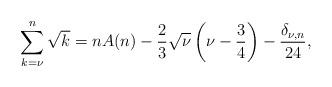
LaTeX: \begin{align*}\sum_{k=\nu}^{n}\sqrt{k}=nA(n)-\frac23\sqrt{\nu}\left(\nu-\frac34\right)-\frac{\delta_{\nu,n}}{24},\end{align*}